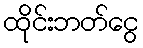
ထိုင်းဘတ်ငွေ